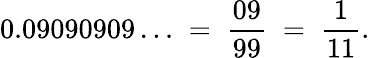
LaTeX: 0.09090909\ldots\; =\; {\frac{09}{99}}\; =\; {\frac{1}{11}}.